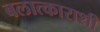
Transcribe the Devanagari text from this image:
बलात्काराशी